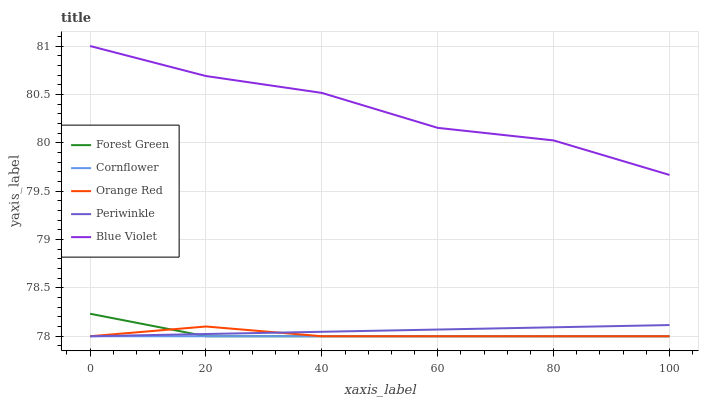
| xaxis_label | Forest Green | Cornflower | Orange Red | Periwinkle | Blue Violet |
 | --- | --- | --- | --- | --- | --- |
 | 0 | 78.2 | 78 | 78 | 78 | 81 |
 | 20 | 78 | 78 | 78.1 | 78 | 80.7 |
 | 40 | 78 | 78 | 78 | 78 | 80.5 |
 | 60 | 78 | 78 | 78 | 78.1 | 80.2 |
 | 80 | 78 | 78 | 78 | 78.1 | 80 |
 | 100 | 78 | 78 | 78 | 78.1 | 79.7 |